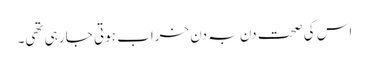
اس کی صحت دن بہ دن خراب ہوتی جا رہی تھی۔